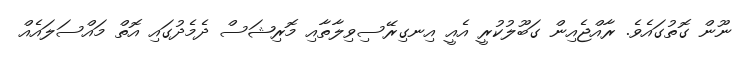
ނޫން ގޮތުގައެވެ. ރާއްޖެއިން ގަބޫލުކުރީ އެއީ އިނގިރޭސިވިލާތާއި މޮރިޝަސް ދެމެދުގައި އޮތް މައްސަލައެއް